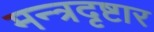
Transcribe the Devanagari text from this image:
मन्त्रदृष्टार